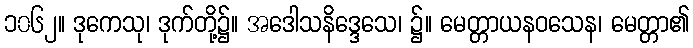
၁၀၆၂။ ဒုကေသု၊ ဒုက်တို့၌။ အဒေါသနိဒ္ဒေသေ၊ ၌။ မေတ္တာယနဝသေန၊ မေတ္တာ၏